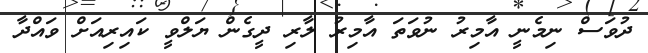
ދުވަސް ނިމެނީ އާމިރު ނުވަތަ އާމިރު ލާރި ދީގެން ޔަލްވީ ކައިރިއަށް ވައްދާ